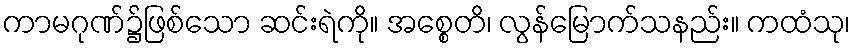
ကာမဂုဏ်၌ဖြစ်သော ဆင်းရဲကို။ အစ္စေတိ၊ လွန်မြောက်သနည်း။ ကထံသု၊